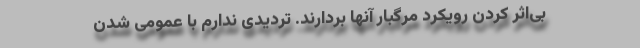
بی‌اثر کردن رویکرد مرگبار آنها بردارند. تردیدی ندارم با عمومی شدن